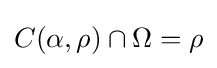
C(\alpha ,\rho )\cap \Omega =\rho